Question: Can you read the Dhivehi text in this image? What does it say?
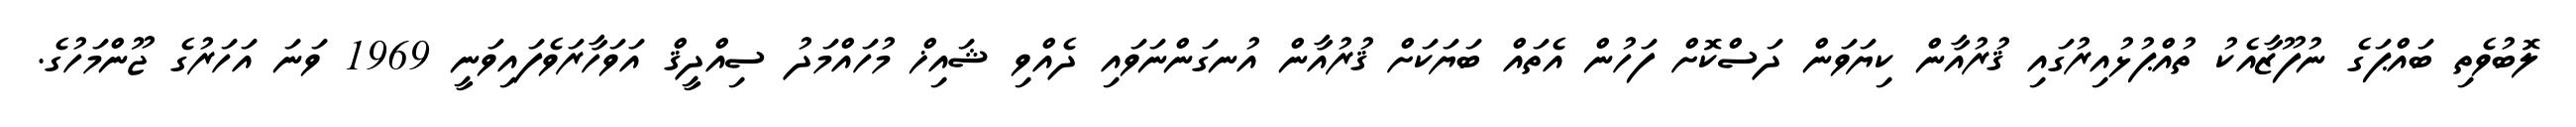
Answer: ލޮބުވެތި ބައްޕަގެ ނުފޫޒާއެކު ތުއްޕުޅުއިރުގައި ޤުރުއާން ކިޔަވަން ދަސްކޮށް ފަހުން އެތައް ބަޔަކަށް ޤުރުއާން އުނގަންނަވައި ދެއްވި ޝައިޚް މުހައްމަދު ސިއްދީޤް އަވަހާރަވެފައިވަނީ 1969 ވަނަ އަހަރުގެ ޖޫންމަހުގެ.